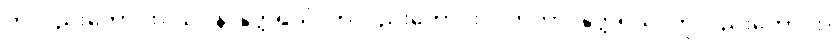
ကိုလည်းကောင်း။ သဝနာနုတ္တရိယံ၊ ကိုလည်းကောင်း။ လာဘာ၊ နုတ္တရိယံ၊ ကိုလည်းကောင်း။